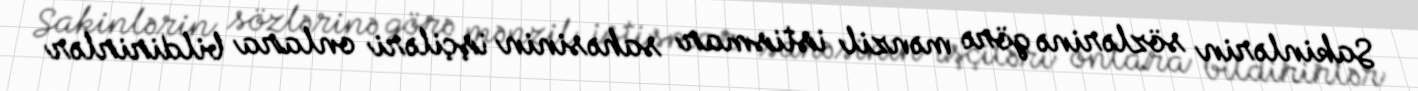
Sakinlərin sözlərinə görə mənzil istismar sahəsinin işçiləri onlara bildirirlər